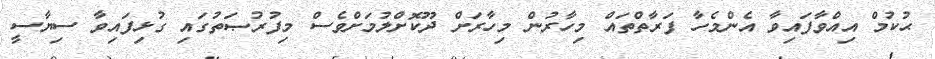
ޙުކުމް އިއްވާފައިވާ އެންމެހާ ފަރާތްތައް މިހާރުން މިހާރަށް ދޫކޮށްލުމަށްވެސް މިފުރުޞަތުގައި ގުޅިފައިވާ ސިޔާސީ